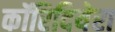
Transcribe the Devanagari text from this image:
कॉरिदियेरा